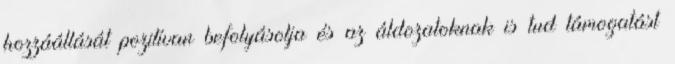
hozzáállását pozitívan befolyásolja és az áldozatoknak is tud támogatást